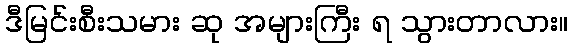
ဒီမြင်းစီးသမား ဆု အများကြီး ရ သွားတာလား။